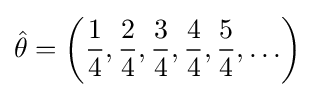
{\hat {\theta }}=\left({\frac {1}{4}},{\frac {2}{4}},{\frac {3}{4}},{\frac {4}{4}},{\frac {5}{4}},\ldots \right)